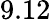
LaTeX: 9.12